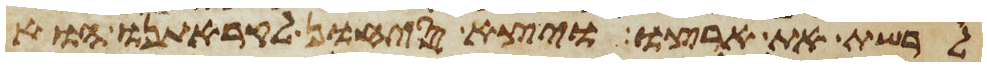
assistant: לרשת את ארצו ויצא סיחון לקראתנו הוא